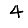
Digit: 4